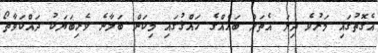
އެގޮތުގައި މަރުވެ ދިޔަ އެތަށް ބައެއްގެ ހައްޤުގައި މިކަން ބަލާނެ ވެރިބަޔަކު ދައްކަވާތޯ